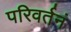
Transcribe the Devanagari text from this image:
परिवर्तनं